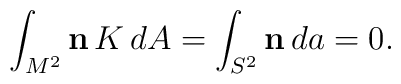
\int_{M^2} {\bf n}\, K \, dA = \int_{S^2} {\bf n} \, da = 0.